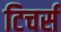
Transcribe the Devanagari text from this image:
टिचर्स